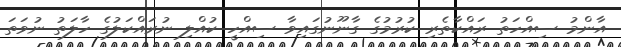
އާންމު ސިއްހަތު ރައްކާތެރި ކުރުމުގެ ގާނޫނުގައިވާ ސިއްހީ ކުއްލި ނުރައްކަލުގެ ހާލަތު ނުވަތަ